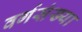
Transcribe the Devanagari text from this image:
वर्गसंख्या